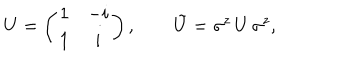
LaTeX: U = \left( \begin{matrix} { { 1 } } & { { - i } } \\ { { 1 } } & { { i } } \\ \end{matrix} \right) , \qquad \tilde { U } = \sigma ^ { z } \, U \, \sigma ^ { z } ,